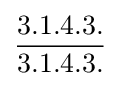
{\frac {3.1.4.3.}{3.1.4.3.}}